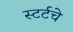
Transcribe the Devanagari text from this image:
स्टर्टचे